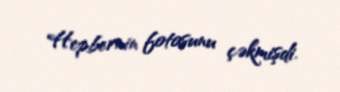
Hepbernin fotosunu çəkmişdi.